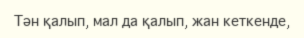
Тән қалып, мал да қалып, жан кеткенде,